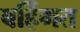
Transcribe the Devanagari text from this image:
बर्हिगत